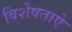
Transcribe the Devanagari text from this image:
विशेषताऐ